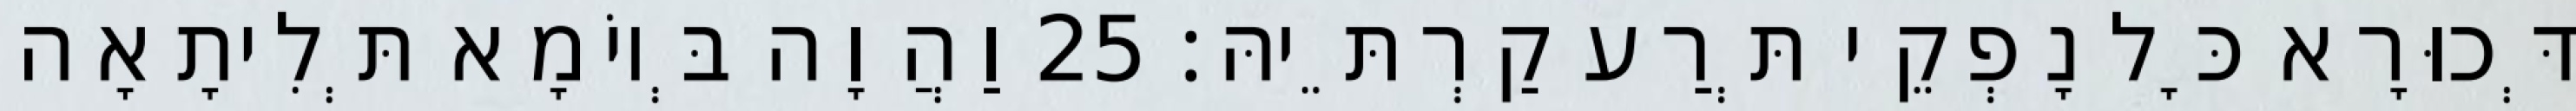
דְּכוּרָא כָּל נָפְקֵי תְּרַע קַרְתֵּיהּ׃ 25 וַהֲוָה בְּיוֹמָא תְּלִיתָאָה